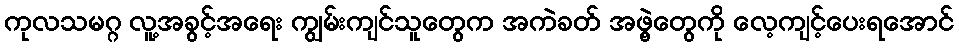
ကုလသမဂ္ဂ လူ့အခွင့်အရေး ကျွမ်းကျင်သူတွေက အကဲခတ် အဖွဲ့တွေကို လေ့ကျင့်ပေးရအောင်